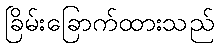
ခြိမ်းခြောက်ထားသည်